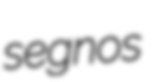
segnos